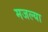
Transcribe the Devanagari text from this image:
मजल्या